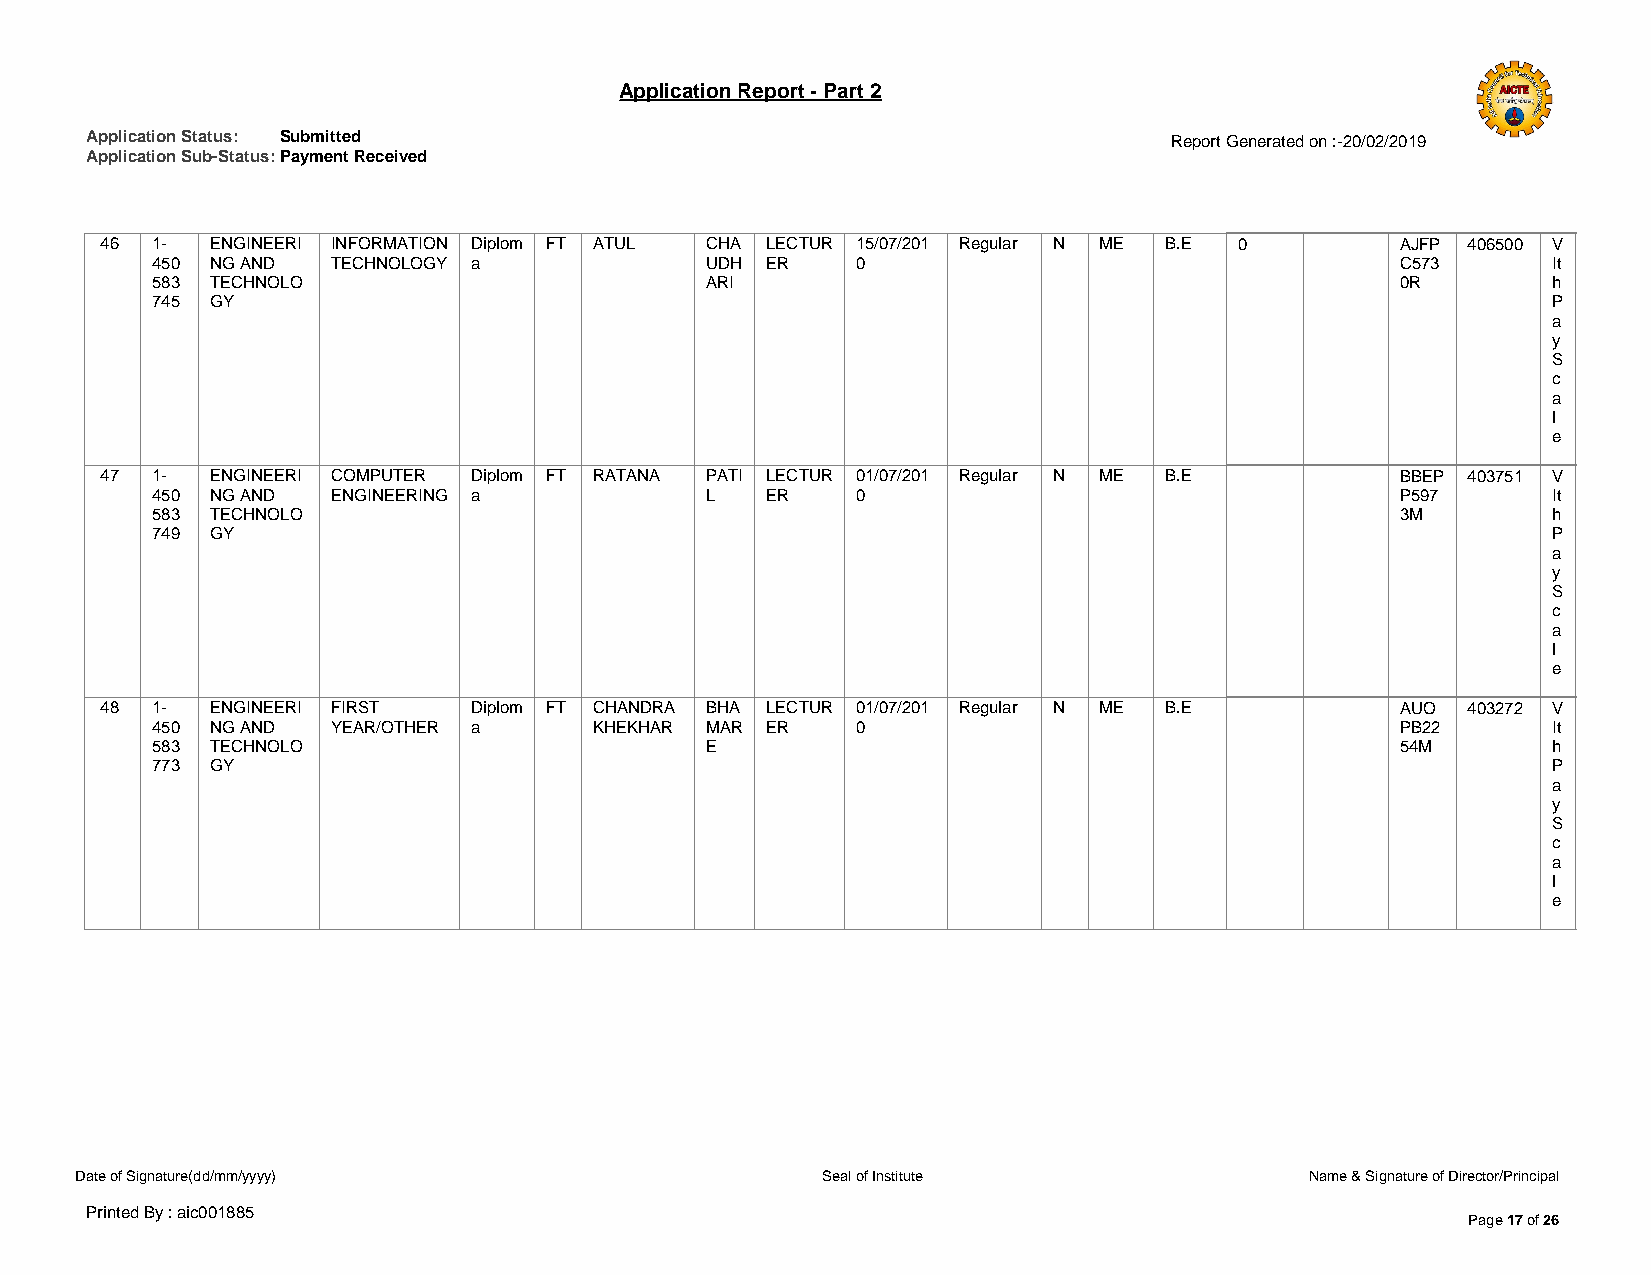
Application Report - Part 2
 Application Status: Submitted                                          Report Generated on :-20/02/2019
 Application Sub-Status: Payment Received
 46 1-  ENGINEERI INFORMATION Diplom FT ATUL CHA LECTUR 15/07/201 Regular N ME B.E 0   AJFP 406500 V
 450 NG AND  TECHNOLOGY a             UDH ER    0                                   C573      It
 583 TECHNOLO                         ARI                                           0R        h
 745 GY                                                                                       P
 a
 y
 S
 c
 a
 l
 e
 47 1-  ENGINEERI COMPUTER Diplom FT RATANA PATI LECTUR 01/07/201 Regular N ME B.E     BBEP 403751 V
 450 NG AND  ENGINEERING a            L   ER    0                                   P597      It
 583 TECHNOLO                                                                       3M        h
 749 GY                                                                                       P
 a
 y
 S
 c
 a
 l
 e
 48 1-  ENGINEERI FIRST  Diplom FT CHANDRA BHA LECTUR 01/07/201 Regular N ME B.E       AUO 403272 V
 450 NG AND  YEAR/OTHER a     KHEKHAR MAR ER    0                                   PB22      It
 583 TECHNOLO                         E                                             54M       h
 773 GY                                                                                       P
 a
 y
 S
 c
 a
 l
 e
 Date of Signature(dd/mm/yyyy)                    Seal of Institute                Name & Signature of Director/Principal
 Printed By : aic001885
 Page 17 of 26